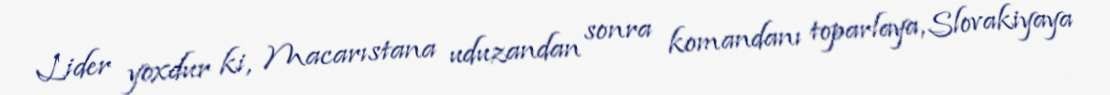
Lider yoxdur ki, Macarıstana uduzandan sonra komandanı toparlaya, Slovakiyaya